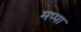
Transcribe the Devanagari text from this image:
मप्पा